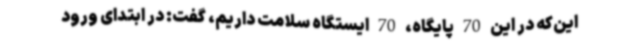
این‌که در این 70 پایگاه، 70 ایستگاه سلامت داریم، گفت: در ابتدای ورود